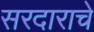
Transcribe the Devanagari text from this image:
सरदाराचे